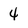
Character: 4